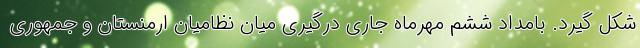
شکل گیرد. بامداد ششم مهرماه جاری درگیری میان نظامیان ارمنستان و جمهوری